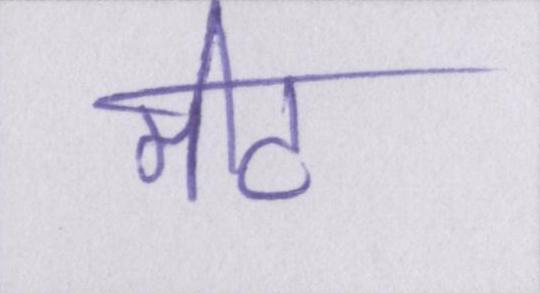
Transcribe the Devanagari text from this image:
मीट